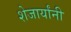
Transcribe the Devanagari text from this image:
शेजार्यांनी